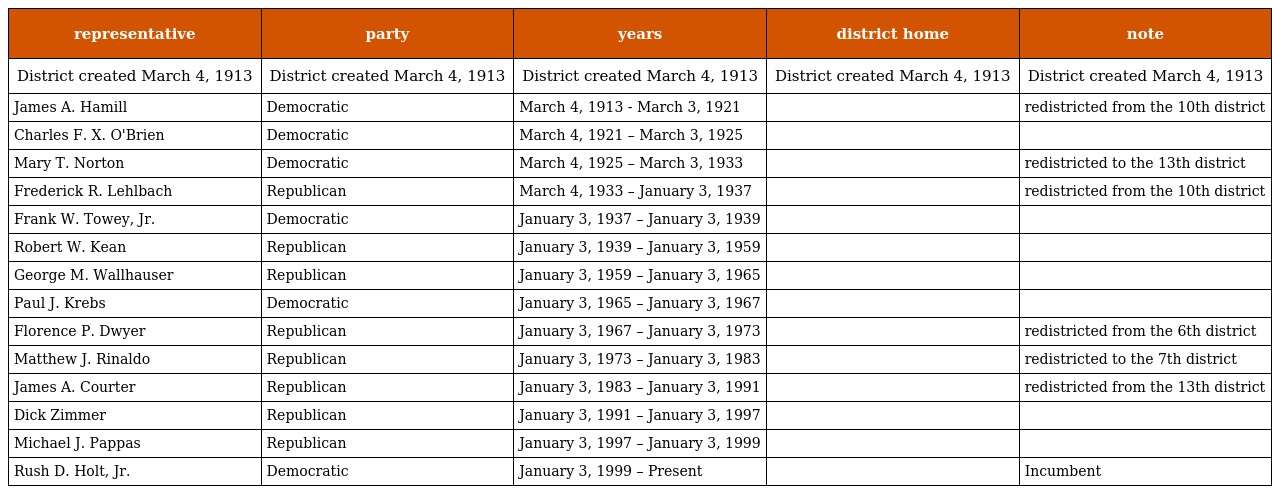
| representative | party | years | district home | note |
 | --- | --- | --- | --- | --- |
 | District created March 4, 1913 | District created March 4, 1913 | District created March 4, 1913 | District created March 4, 1913 | District created March 4, 1913 |
 | James A. Hamill | Democratic | March 4, 1913 - March 3, 1921 |  | redistricted from the 10th district |
 | Charles F. X. O'Brien | Democratic | March 4, 1921 – March 3, 1925 |  |  |
 | Mary T. Norton | Democratic | March 4, 1925 – March 3, 1933 |  | redistricted to the 13th district |
 | Frederick R. Lehlbach | Republican | March 4, 1933 – January 3, 1937 |  | redistricted from the 10th district |
 | Frank W. Towey, Jr. | Democratic | January 3, 1937 – January 3, 1939 |  |  |
 | Robert W. Kean | Republican | January 3, 1939 – January 3, 1959 |  |  |
 | George M. Wallhauser | Republican | January 3, 1959 – January 3, 1965 |  |  |
 | Paul J. Krebs | Democratic | January 3, 1965 – January 3, 1967 |  |  |
 | Florence P. Dwyer | Republican | January 3, 1967 – January 3, 1973 |  | redistricted from the 6th district |
 | Matthew J. Rinaldo | Republican | January 3, 1973 – January 3, 1983 |  | redistricted to the 7th district |
 | James A. Courter | Republican | January 3, 1983 – January 3, 1991 |  | redistricted from the 13th district |
 | Dick Zimmer | Republican | January 3, 1991 – January 3, 1997 |  |  |
 | Michael J. Pappas | Republican | January 3, 1997 – January 3, 1999 |  |  |
 | Rush D. Holt, Jr. | Democratic | January 3, 1999 – Present |  | Incumbent |